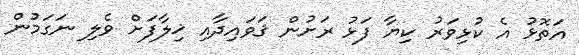
އަތޮޅު އެ ކުޅިވަރު ކިޔާ ފަޅު ރަށުން ޤަވައިދާއި ޚިލާފަށް ވެލި ނަގަމުން